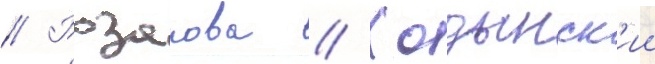
// Розанова // Ходынск'ии